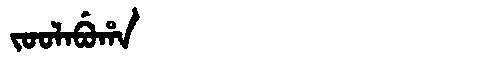
Manchu: ᠵᠣᠣᠯᠠᠪᡠᡥᠠ
Romanization: JOOLABUHA